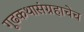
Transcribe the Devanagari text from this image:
गूढकथासंग्रहाचेच